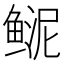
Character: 𩾆